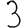
Digit: 3